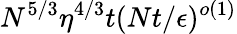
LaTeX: N^{5/3}\eta^{4/3}t(Nt/\epsilon)^{o(1)}